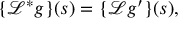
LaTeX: \{ { \mathcal { L } } ^ { * } g \} ( s ) = \{ { \mathcal { L } } g ^ { \prime } \} ( s ) ,